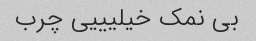
بی نمک خیلیییی چرب